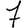
Digit: 7